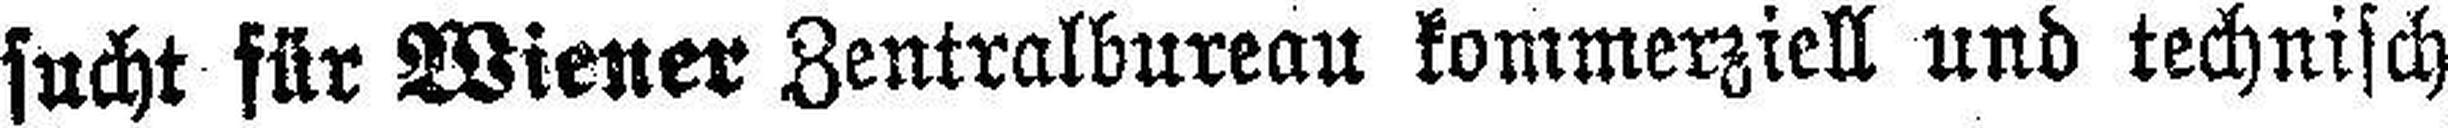
sucht für Wiener Zentralbureau kommerziell und technisch